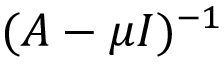
( A - \mu I ) ^ { - 1 }